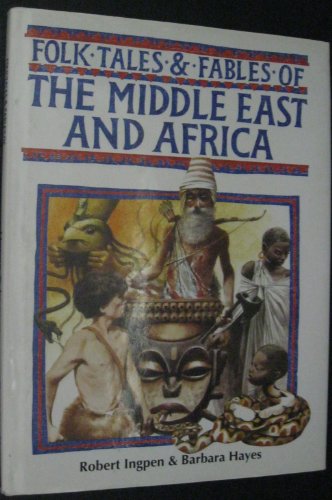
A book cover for Middle East & Africa (FT& F)(Oop) (Folk Tales & Fables); Barbara Hayes; Children's Books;